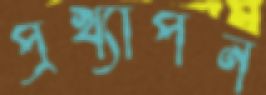
প্রখ্যাপন